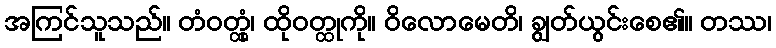
အကြင်သူသည်။ တံဝတ္ထုံ၊ ထိုဝတ္ထုကို။ ဝိလောမေတိ၊ ချွတ်ယွင်းစေ၏။ တဿ၊